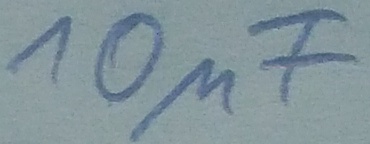
Text: 10µF